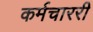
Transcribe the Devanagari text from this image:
कर्मचाररी